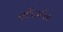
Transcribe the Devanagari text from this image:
फौंटानेला